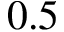
0 . 5